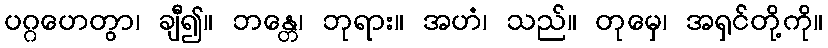
ပဂ္ဂဟေတွာ၊ ချီ၍။ ဘန္တေ၊ ဘုရား။ အဟံ၊ သည်။ တုမှေ၊ အရှင်တို့ကို။